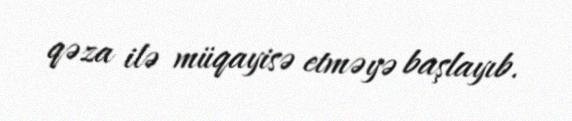
qəza ilə müqayisə etməyə başlayıb.